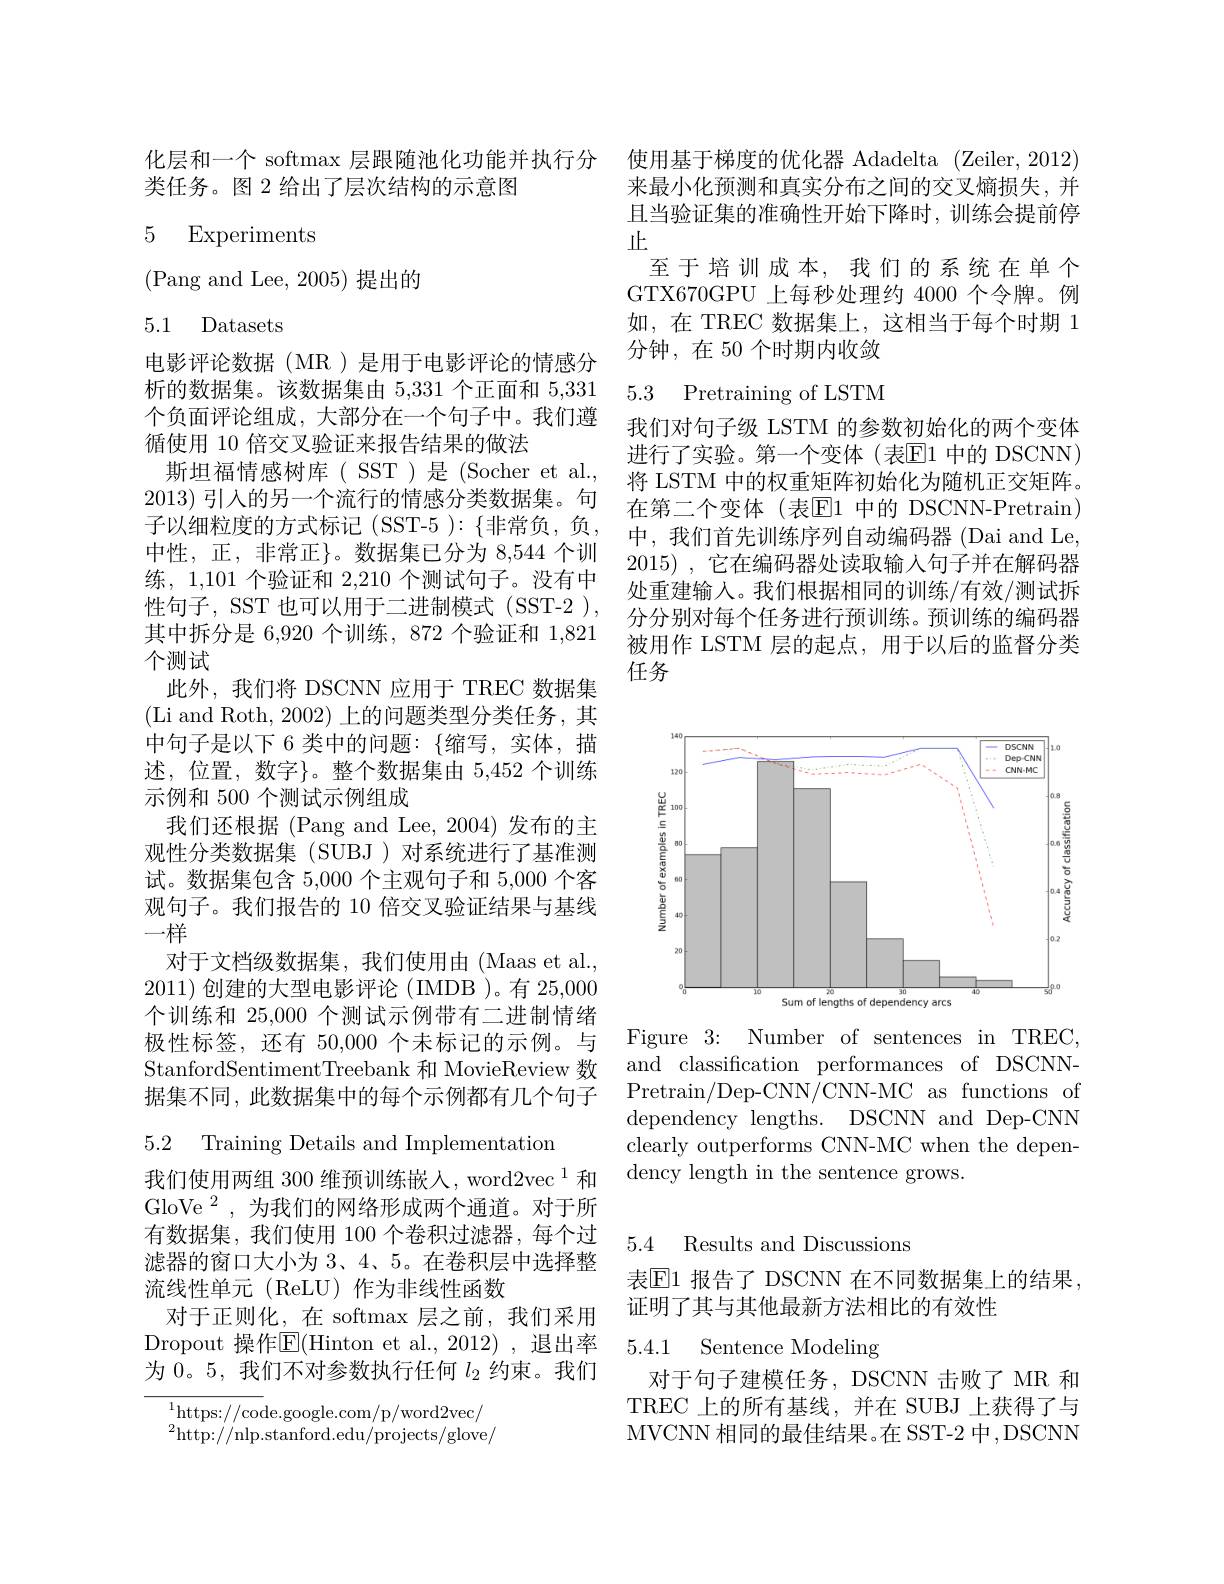
化层和一个 softmax 层跟随池化功能并执行分 使用基于梯度的优化器 Adadelta (Zeiler,2012)
类任务。图 2 给出了层次结构的示意图

### 5 Experiments

(Pang and Lee, 2005) 提出的

5.1 Datasets
电影评论数据(MR)是用于电影评论的情感分
循使用 10 倍交叉验证来报告结果的做法
斯坦福情感树库(SST)是(Socher et al., 2013)引入的另一个流行的情感分类数据集。句子以细粒度的方式标记(SST-5 ):{非常负，负} 中性，正，非常正$\}。数据集已分为 8,544 个训$ 练，1,101 个验证和 2,210 个测试句子。没有中性句子，SST 也可以用于二进制模式(SST-2), 其中拆分是 6,920 个训练，872 个验证和 1,821个测试
此外，我们将 DSCNN 应用于 TREC 数据集(Li and Roth, 2002)上的问题类型分类任务，其中句子是以下 6 类中的问题：$\{$缩写，实体，描述，位置，数字}。整个数据集由 5,452 个训练示例和 500 个测试示例组成
我们还根据 (Pang and Lee, 2004)发布的主观性分类数据集(SUBJ)对系统进行了基准测试。数据集包含 5,000 个主观句子和 5,000 个客观句子。我们报告的 10 倍交叉验证结果与基线一样
对于文档级数据集，我们使用由 (Maas et al., 2011)创建的大型电影评论 (IMDB )。有 25,000个训练和 25,000 个测试示例带有二进制情绪极性标签，还有 50,000 个未标记的示例。与StanfordSentimentTreebank 和 MovieReview 数据集不同，此数据集中的每个示例都有几个句子5.2 Training Details and Implementation

我们使用两组 300 维预训练嵌人，word2vec $^{1}$和GloVe$^{2}$,为我们的网络形成两个通道。对于所有数据集，我们使用 100 个卷积过滤器，每个过滤器的窗口大小为 3、4、5。在卷积层中选择整流线性单元(ReLU)作为非线性函数
对于正则化，在 softmax 层之前，我们采用
Dropout 操作$\boxed{\mathrm{E}}($Hinton et al., 2012) , 退出率 5.4.1 Sentence Modeling
为 0。5, 我们不对参数执行任何$l_{2}$约束。我们

$^{1}$https://code.google.com/p/word2vec/ $^{2}$http://nlp.stanford.edu/projects/glove/

来最小化预测和真实分布之间的交叉熵损失，并且当验证集的准确性开始下降时，训练会提前停止
至于培训成本，我们的系统在单个GTX670GPU 上每秒处理约 4000 个令牌。例如，在 TREC 数据集上，这相当于每个时期 1分钟，在 50 个时期内收敛

# 析的数据集。该数据集由 5,331 个正面和5，331 5.3 Pretraining of LSTM 个负面评论组成，大部分在一个句子中。我们遵 我们对句子级 LSTM 的参数初始化的两个变体

进行了实验。第一个变体(表E1 中的 DSCNN) 将 LSTM 中的权重矩阵初始化为随机正交矩阵。在第二个变体(表$\overline{\mathrm{E}}$1 中的 DSCNN-Pretrain) 中，我们首先训练序列自动编码器(Dai and Le, 2015) ,它在编码器处读取输入句子并在解码器处重建输入。我们根据相同的训练/有效/测试拆分分别对每个任务进行预训练。预训练的编码器被用作 LSTM 层的起点，用于以后的监督分类任务

<FigureHere>

Figure 3{:} Number of sentences in TREC, and classification performances of DSCNNPretrain/Dep-CNN/CNN-MC as functions of dependency lengths. DSCNN and Dep-CNN clearly outperforms CNN-MC when the dependency length in the sentence grows.

## 5.4 Results and Discussions

表$\overline{\mathrm{E}}$1 报告了 DSCNN 在不同数据集上的结果，
证明了其与其他最新方法相比的有效性

对于句子建模任务，DSCNN 击败了 MR 和TREC 上的所有基线，并在 SUBJ 上获得了与MVCNN 相同的最佳结果。在 SST-2 中，DSCNN